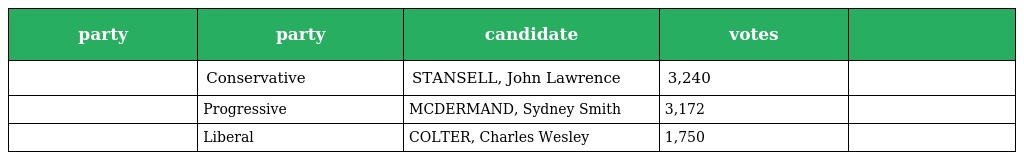
| party | party | candidate | votes |  |
 | --- | --- | --- | --- | --- |
 |  | Conservative | STANSELL, John Lawrence | 3,240 |  |
 |  | Progressive | MCDERMAND, Sydney Smith | 3,172 |  |
 |  | Liberal | COLTER, Charles Wesley | 1,750 |  |